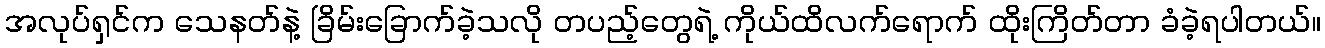
အလုပ်ရှင်က သေနတ်နဲ့ ခြိမ်းခြောက်ခဲ့သလို တပည့်တွေရဲ့ ကိုယ်ထိလက်ရောက် ထိုးကြိတ်တာ ခံခဲ့ရပါတယ်။